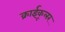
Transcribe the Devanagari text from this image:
क्राईकूलर